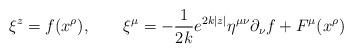
LaTeX: \begin{align*}\xi^z = f(x^{\rho}),\qquad\xi^{\mu} = -\frac{1}{2k}e^{2k|z|}\eta^{\mu\nu}\partial_{\nu}f +F^{\mu}(x^{\rho})\end{align*}